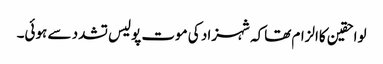
لواحقین کاالزام تھاکہ شہزاد کی موت پولیس تشدد سے ہوئی۔